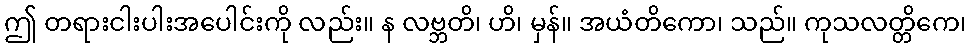
ဤ တရားငါးပါးအပေါင်းကို လည်း။ န လဗ္ဘတိ၊ ဟိ၊ မှန်။ အယံတိကော၊ သည်။ ကုသလတ္တိကေ၊